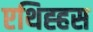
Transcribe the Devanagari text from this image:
एथिह्हस